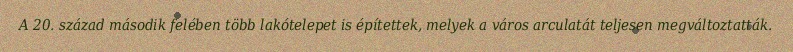
A 20. század második felében több lakótelepet is építettek, melyek a város arculatát teljesen megváltoztatták.